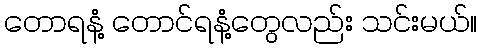
တောရနံ့ တောင်ရနံ့တွေလည်း သင်းမယ်။